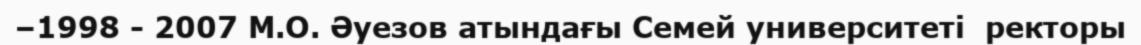
–1998 - 2007 М.О. Әуезов атындағы Семей университеті  ректоры